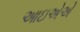
આઇએએ